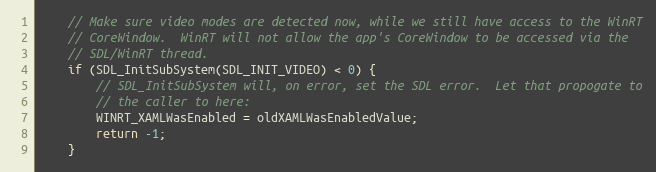
Language: C++
    // Make sure video modes are detected now, while we still have access to the WinRT
    // CoreWindow.  WinRT will not allow the app's CoreWindow to be accessed via the
    // SDL/WinRT thread.
    if (SDL_InitSubSystem(SDL_INIT_VIDEO) < 0) {
        // SDL_InitSubSystem will, on error, set the SDL error.  Let that propogate to
        // the caller to here:
        WINRT_XAMLWasEnabled = oldXAMLWasEnabledValue;
        return -1;
    }